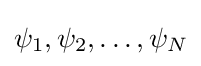
\psi _{1},\psi _{2},\ldots ,\psi _{N}